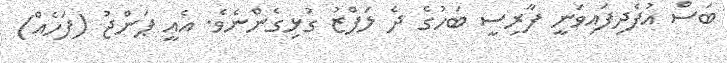
ބަސް އުފެދިފައިވަނީ ފާރިސީ ބަހުގެ ދެ ލަފްޒު ގުޅިގެންނެވެ. އެއީ ޕަންޖު (ފަހެއް)